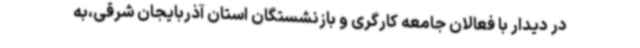
در دیدار با فعالان جامعه کارگری و بازنشستگان استان آذربایجان شرقی،به